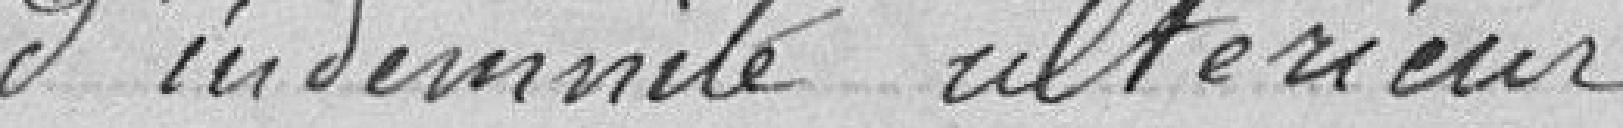
d'indemnité ultérieure.